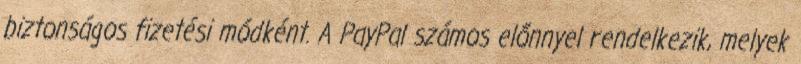
biztonságos fizetési módként. A PayPal számos előnnyel rendelkezik, melyek